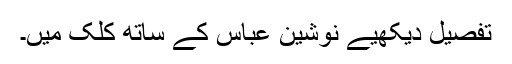
تفصيل ديکھیے نوشين عباس کے ساتھ کلک ميں۔